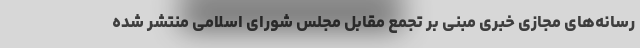
رسانه‌های مجازی خبری مبنی بر تجمع مقابل مجلس شورای اسلامی منتشر شده